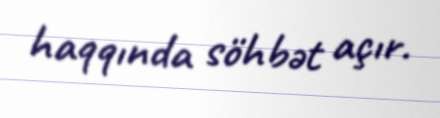
haqqında söhbət açır.